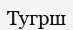
Тугрш